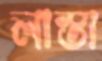
লাস্তা